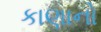
કાણાનો